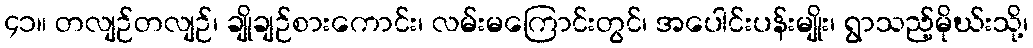
၄၁။ တလျဉ်တလျဉ်၊ ချိုချဉ်စားကောင်း၊ လမ်းမကြောင်းတွင်၊ အပေါင်းပန်းမျိုး၊ ရွာသည့်မိုဃ်းသို့၊